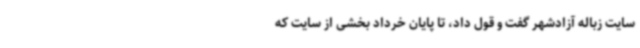
سایت زباله آزادشهر گفت و قول داد، تا پایان خرداد بخشی از سایت که